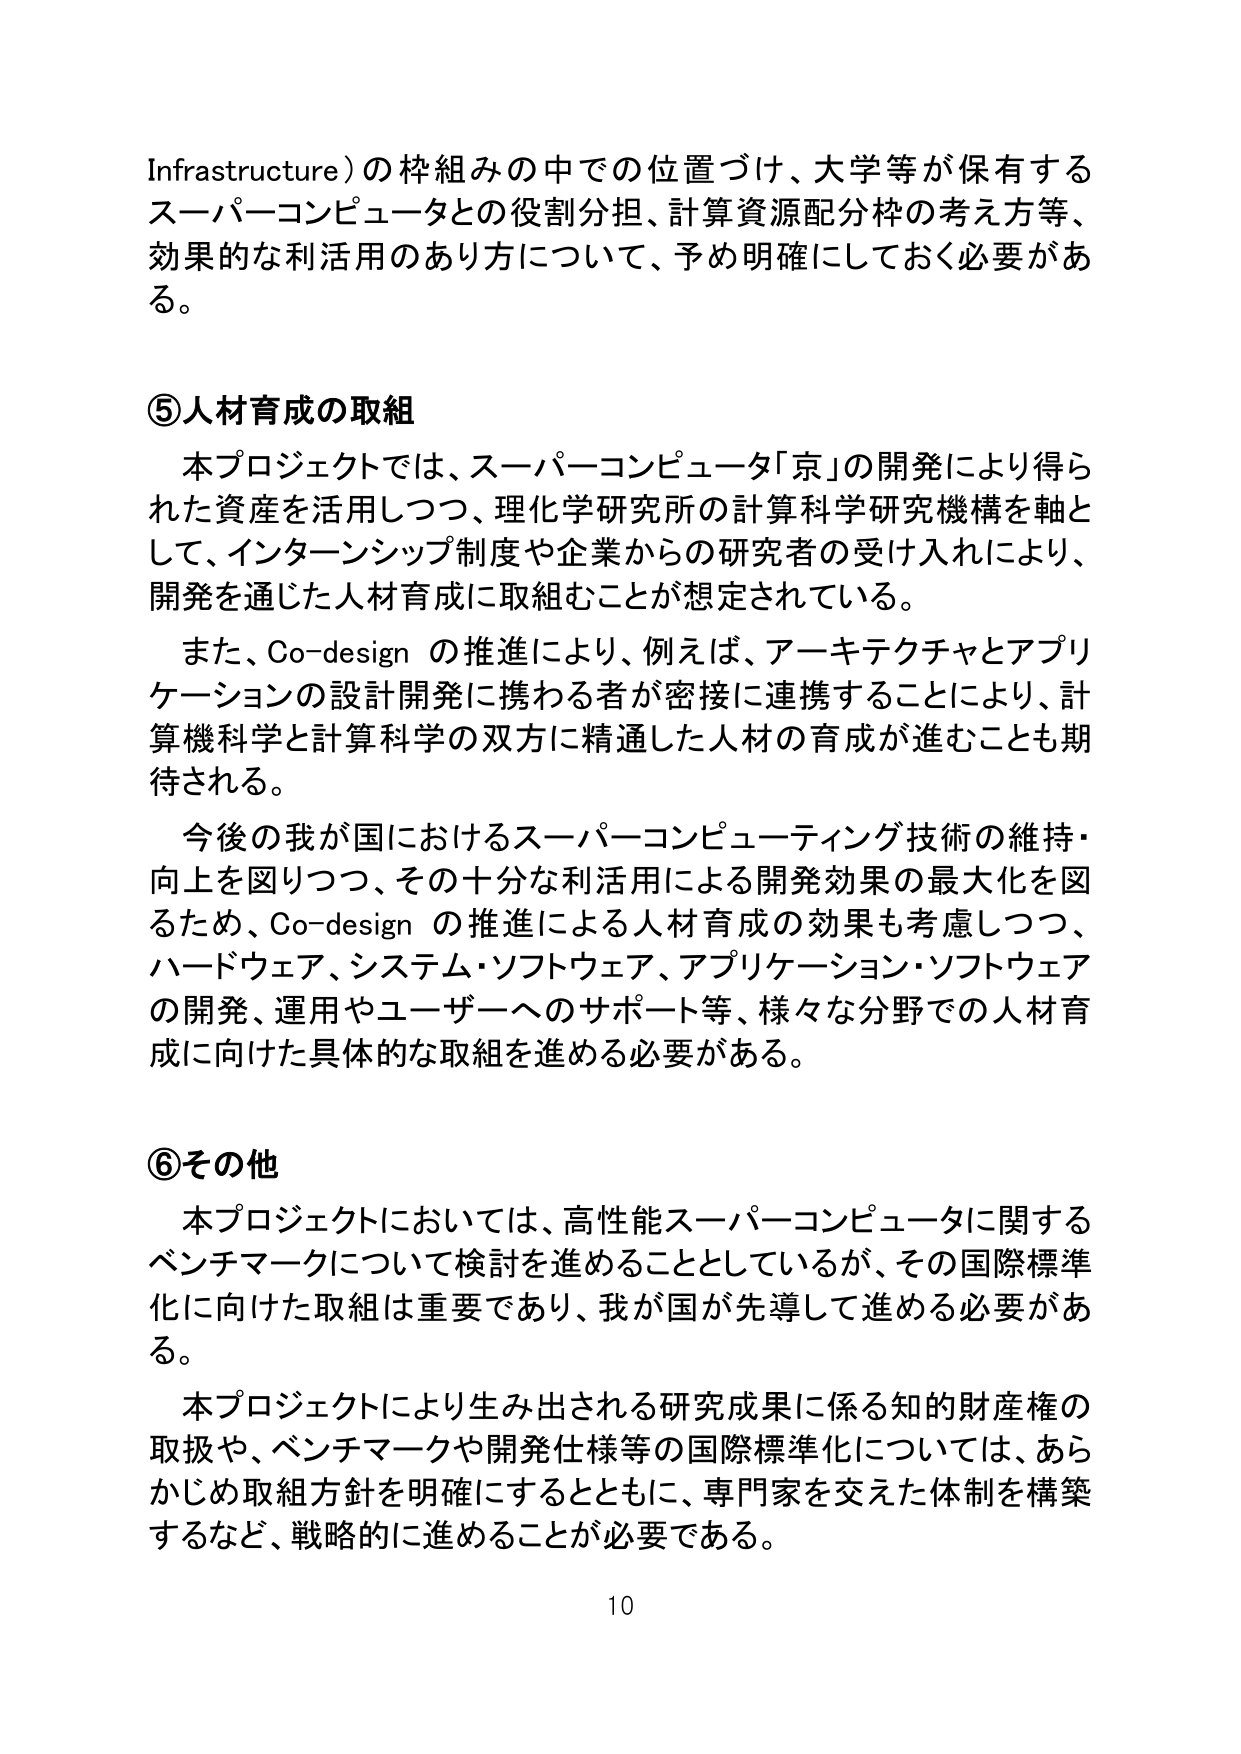
Infrastructure）の枠組みの中での位置づけ、大学等が保有するスーパーコンピュータとの役割分担、計算資源配分枠の考え方等、効果的な利活用のあり方について、予め明確にしておく必要がある。

⑤人材育成の取組
　本プロジェクトでは、スーパーコンピュータ「京」の開発により得られた資産を活用しつつ、理化学研究所の計算科学研究機構を軸として、インターンシップ制度や企業からの研究者の受け入れにより、開発を通じた人材育成に取組むことが想定されている。
　また、Co-design の推進により、例えば、アーキテクチャとアプリケーションの設計開発に携わる者が密接に連携することにより、計算機科学と計算科学の双方に精通した人材の育成が進むことも期待される。
　今後の我が国におけるスーパーコンピューティング技術の維持・向上を図りつつ、その十分な利活用による開発効果の最大化を図るため、Co-design の推進による人材育成の効果も考慮しつつ、ハードウェア、システム・ソフトウェア、アプリケーション・ソフトウェアの開発、運用やユーザーへのサポート等、様々な分野での人材育成に向けた具体的な取組を進める必要がある。

⑥その他
　本プロジェクトにおいては、高性能スーパーコンピュータに関するベンチマークについて検討を進めることとしているが、その国際標準化に向けた取組は重要であり、我が国が先導して進める必要がある。
　本プロジェクトにより生み出される研究成果に係る知的財産権の取扱や、ベンチマークや開発仕様等の国際標準化については、あらかじめ取組方針を明確にするとともに、専門家を交えた体制を構築するなど、戦略的に進めることが必要である。

10